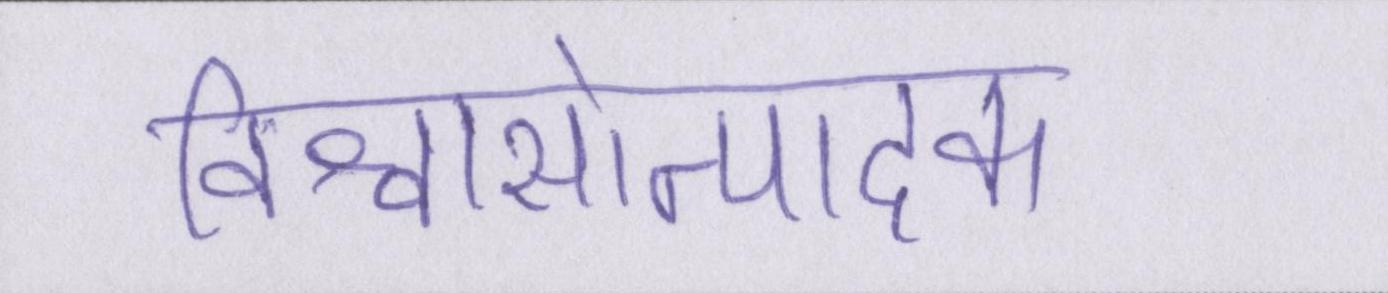
विश्वासोत्पादक